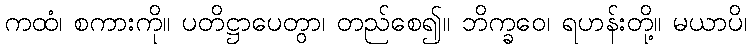
ကထံ၊ စကားကို။ ပတိဋ္ဌာပေတွာ၊ တည်စေ၍။ ဘိက္ခဝေ၊ ရဟန်းတို့။ မယာပိ၊